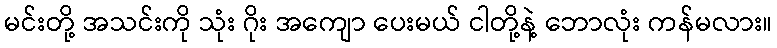
မင်းတို့ အသင်းကို သုံး ဂိုး အကျော ပေးမယ် ငါတို့နဲ့ ဘောလုံး ကန်မလား။